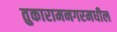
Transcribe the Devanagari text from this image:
तुकारामनगरमधील